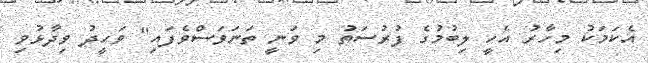
އެކަމަކު މިހާރު އެހީ ލިބުމުގެ ފުރުސަތު މި ވަނީ ތަނަވަސްވެފައި" ވަހީދު ވިދާޅުވި